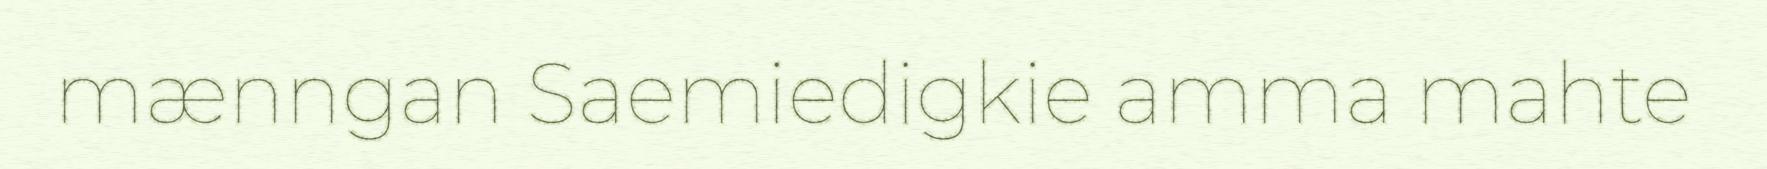
mænngan Saemiedigkie amma mahte